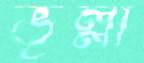
ভূল্লী